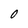
Character: O